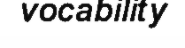
vocability